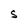
Character: S